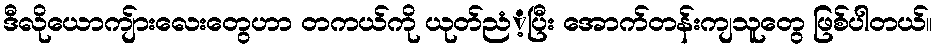
ဒီလိုယောကျ်ားလေးတွေဟာ တကယ်ကို ယုတ်ညံံ့ပြီး အောက်တန်းကျသူတွေ ဖြစ်ပါတယ်။